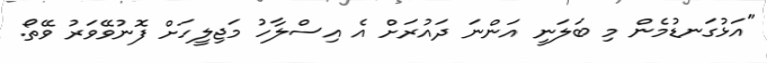
"އަޅުގަނޑުމެން މި ބަލަނީ އަންނަ ދައުރަށް އެ އިސްލާހު މަޖިލީހަށް ފޮނުވޭވަރު ވޭތޯ.